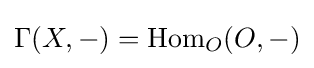
\Gamma (X,-)=\operatorname {Hom} _{O}(O,-)